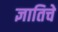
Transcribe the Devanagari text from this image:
ज्ञातिचे